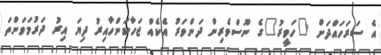
އެ ސަރަހައްދަށް "ހަވީރު"ގެ ނޫސްވެރިން ދަންވަރު އެކެއް ޖަހާކަންހާއިރު ދިޔަ އިރު ދަރުމަވަންތަ